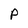
Character: P